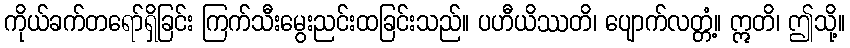
ကိုယ်ခက်တရော်ရှိခြင်း ကြက်သီးမွေးညင်းထခြင်းသည်။ ပဟီယိဿတိ၊ ပျောက်လတ္တံ့။ ဣတိ၊ ဤသို့။